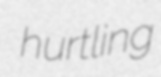
hurtling